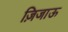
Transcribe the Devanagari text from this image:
ज़िजाऊ